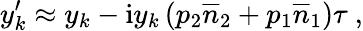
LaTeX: y_{k}^{\prime}\approx y_{k}-\mathrm{i}y_{k}\left(p_{2}\overline{{n}}_{2}+p_{1}\overline{{n}}_{1}\right)\tau\ ,